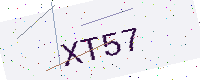
Text: XT57